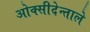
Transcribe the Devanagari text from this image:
ओक्सीदेन्ताले